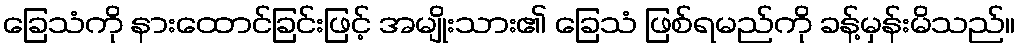
ခြေသံကို နားထောင်ခြင်းဖြင့် အမျိုးသား၏ ခြေသံ ဖြစ်ရမည်ကို ခန့်မှန်းမိသည်။